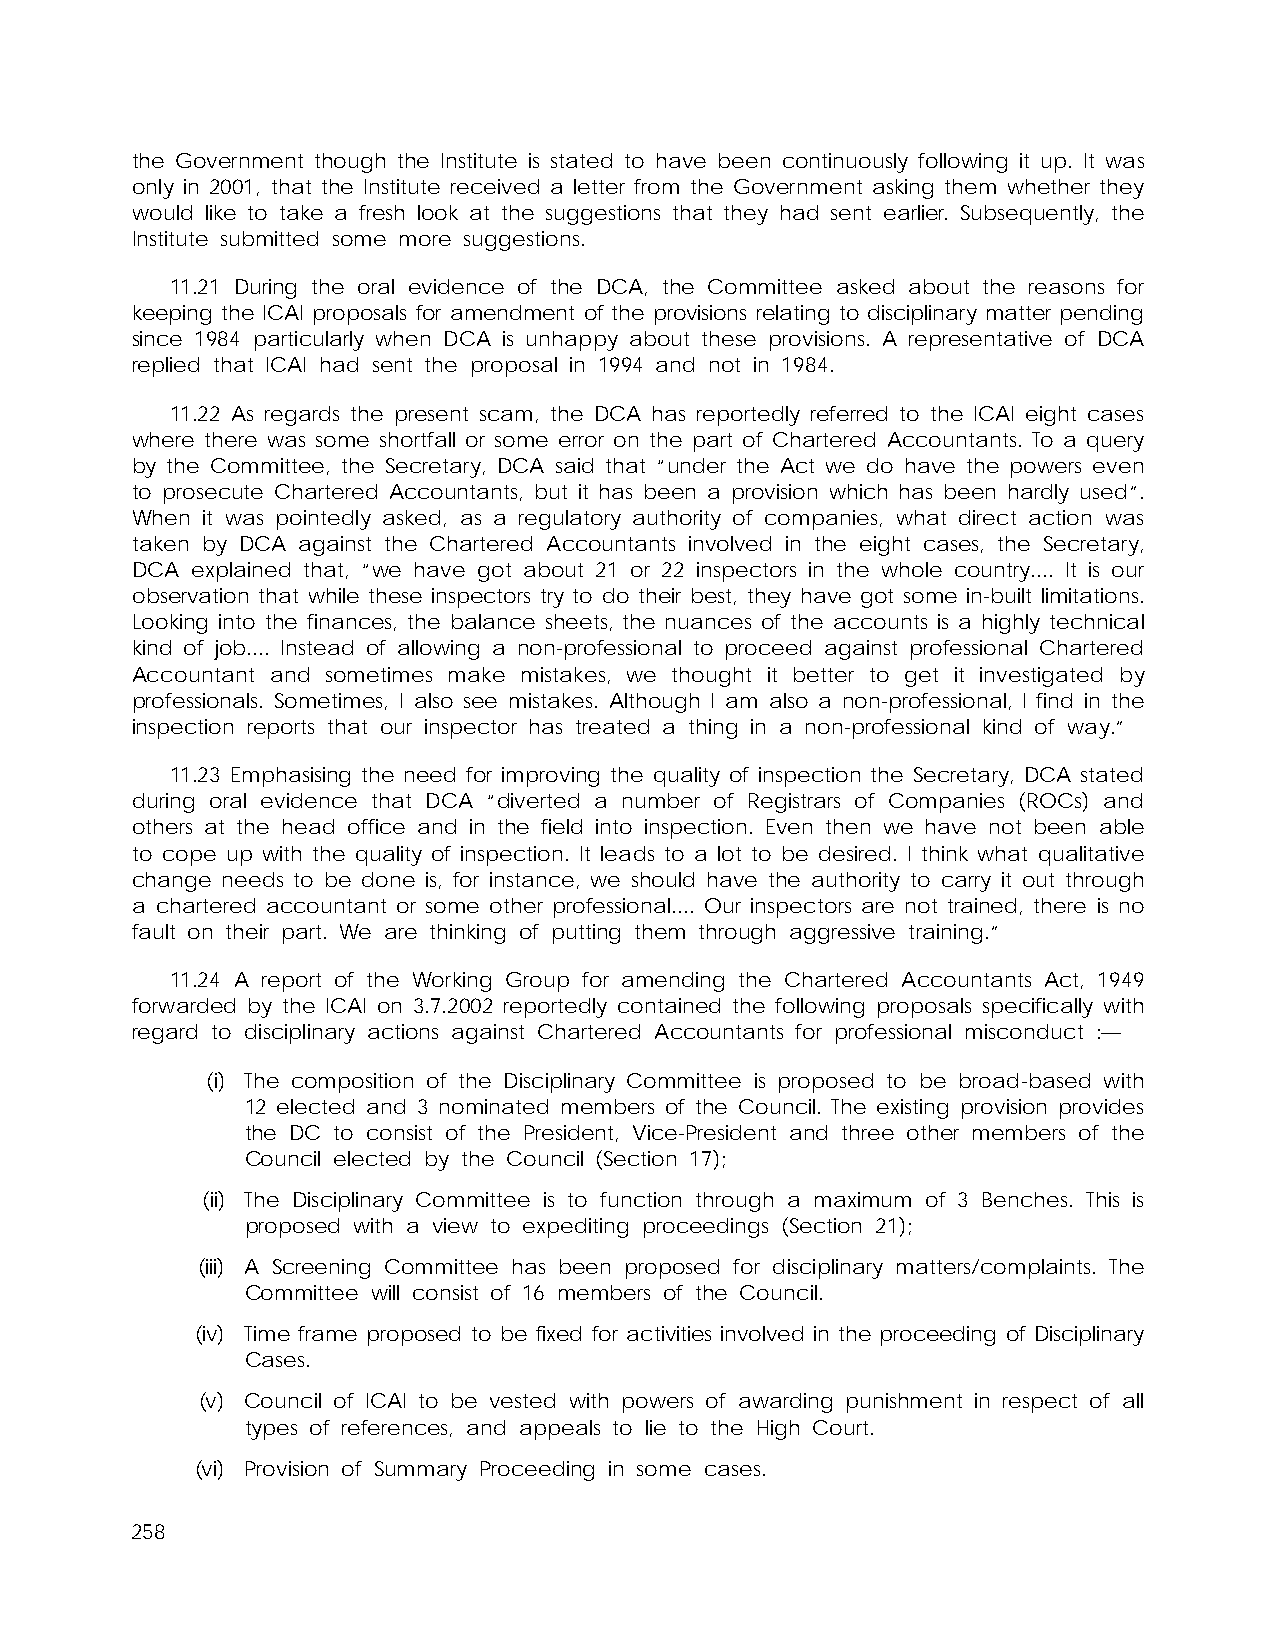
the Government though the Institute is stated to have been continuously following it up. It was
 only in 2001, that the Institute received a letter from the Government asking them whether they
 would like to take a fresh look at the suggestions that they had sent earlier. Subsequently, the
 Institute submitted some more suggestions.
 11.21 During the oral evidence of the DCA, the Committee asked about the reasons for
 keeping the ICAI proposals for amendment of the provisions relating to disciplinary matter pending
 since 1984 particularly when DCA is unhappy about these provisions. A representative of DCA
 replied that ICAI had sent the proposal in 1994 and not in 1984.
 11.22 As regards the present scam, the DCA has reportedly referred to the ICAI eight cases
 where there was some shortfall or some error on the part of Chartered Accountants. To a query
 by the Committee, the Secretary, DCA said that “under the Act we do have the powers even
 to prosecute Chartered Accountants, but it has been a provision which has been hardly used”.
 When it was pointedly asked, as a regulatory authority of companies, what direct action was
 taken by DCA against the Chartered Accountants involved in the eight cases, the Secretary,
 DCA explained that, “we have got about 21 or 22 inspectors in the whole country.... It is our
 observation that while these inspectors try to do their best, they have got some in-built limitations.
 Looking into the finances, the balance sheets, the nuances of the accounts is a highly technical
 kind of job.... Instead of allowing a non-professional to proceed against professional Chartered
 Accountant and sometimes make mistakes, we thought it better to get it investigated by
 professionals. Sometimes, I also see mistakes. Although I am also a non-professional, I find in the
 inspection reports that our inspector has treated a thing in a non-professional kind of way.”
 11.23 Emphasising the need for improving the quality of inspection the Secretary, DCA stated
 during oral evidence that DCA “diverted a number of Registrars of Companies (ROCs) and
 others at the head office and in the field into inspection. Even then we have not been able
 to cope up with the quality of inspection. It leads to a lot to be desired. I think what qualitative
 change needs to be done is, for instance, we should have the authority to carry it out through
 a chartered accountant or some other professional.... Our inspectors are not trained, there is no
 fault on their part. We are thinking of putting them through aggressive training.”
 11.24 A report of the Working Group for amending the Chartered Accountants Act, 1949
 forwarded by the ICAI on 3.7.2002 reportedly contained the following proposals specifically with
 regard to disciplinary actions against Chartered Accountants for professional misconduct :—
 (i) The composition of the Disciplinary Committee is proposed to be broad-based with
 12 elected and 3 nominated members of the Council. The existing provision provides
 the DC to consist of the President, Vice-President and three other members of the
 Council elected by the Council (Section 17);
 (ii) The Disciplinary Committee is to function through a maximum of 3 Benches. This is
 proposed with a view to expediting proceedings (Section 21);
 (iii) A Screening Committee has been proposed for disciplinary matters/complaints. The
 Committee will consist of 16 members of the Council.
 (iv) Time frame proposed to be fixed for activities involved in the proceeding of Disciplinary
 Cases.
 (v) Council of ICAI to be vested with powers of awarding punishment in respect of all
 types of references, and appeals to lie to the High Court.
 (vi) Provision of Summary Proceeding in some cases.
 258